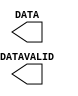
module USR_ACCESS_VIRTEX4 (DATA, DATAVALID);

    output [31:0] DATA;
    output DATAVALID;

endmodule